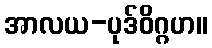
အာလယ-ပုဒ်ဝိဂ္ဂဟ။